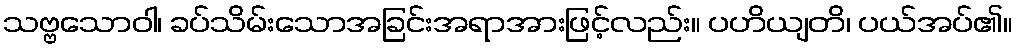
သဗ္ဗသောဝါ၊ ခပ်သိမ်းသောအခြင်းအရာအားဖြင့်လည်း။ ပဟိယျတိ၊ ပယ်အပ်၏။